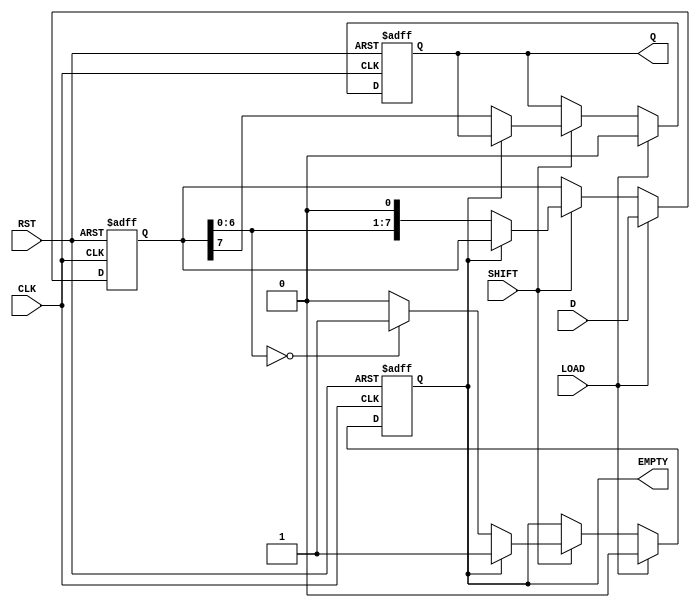
module Loadable_PISO #(
    parameter N = 8  // Define the width of the register (number of bits)
)(
    input wire [N-1:0] D,      // Parallel Data Input
    input wire LOAD,            // Load Signal
    input wire SHIFT,           // Shift Signal
    input wire CLK,             // Clock Signal
    input wire RST,             // Reset Signal
    output reg Q,               // Serial Output
    output reg EMPTY            // Empty Flag
);

    reg [N-1:0] shift_reg;      // Internal shift register

    always @(posedge CLK or posedge RST) begin
        if (RST) begin
            shift_reg <= {N{1'b0}}; // Clear the register on reset
            Q <= 1'b0;              // Clear serial output
            EMPTY <= 1'b1;          // Set EMPTY flag
        end else if (LOAD) begin
            shift_reg <= D;         // Load data into the register
            Q <= 1'b0;              // Clear serial output
            EMPTY <= 1'b0;          // Clear EMPTY flag
        end else if (SHIFT) begin
            if (EMPTY == 1'b0) begin
                Q <= shift_reg[N-1]; // Output the MSB
                shift_reg <= {shift_reg[N-2:0], 1'b0}; // Shift left
                if (shift_reg[N-2:0] == {N-1{1'b0}}) begin
                    EMPTY <= 1'b1;    // Set EMPTY flag if all bits are shifted out
                end
            end
        end
    end

endmodule